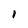
Character: 1